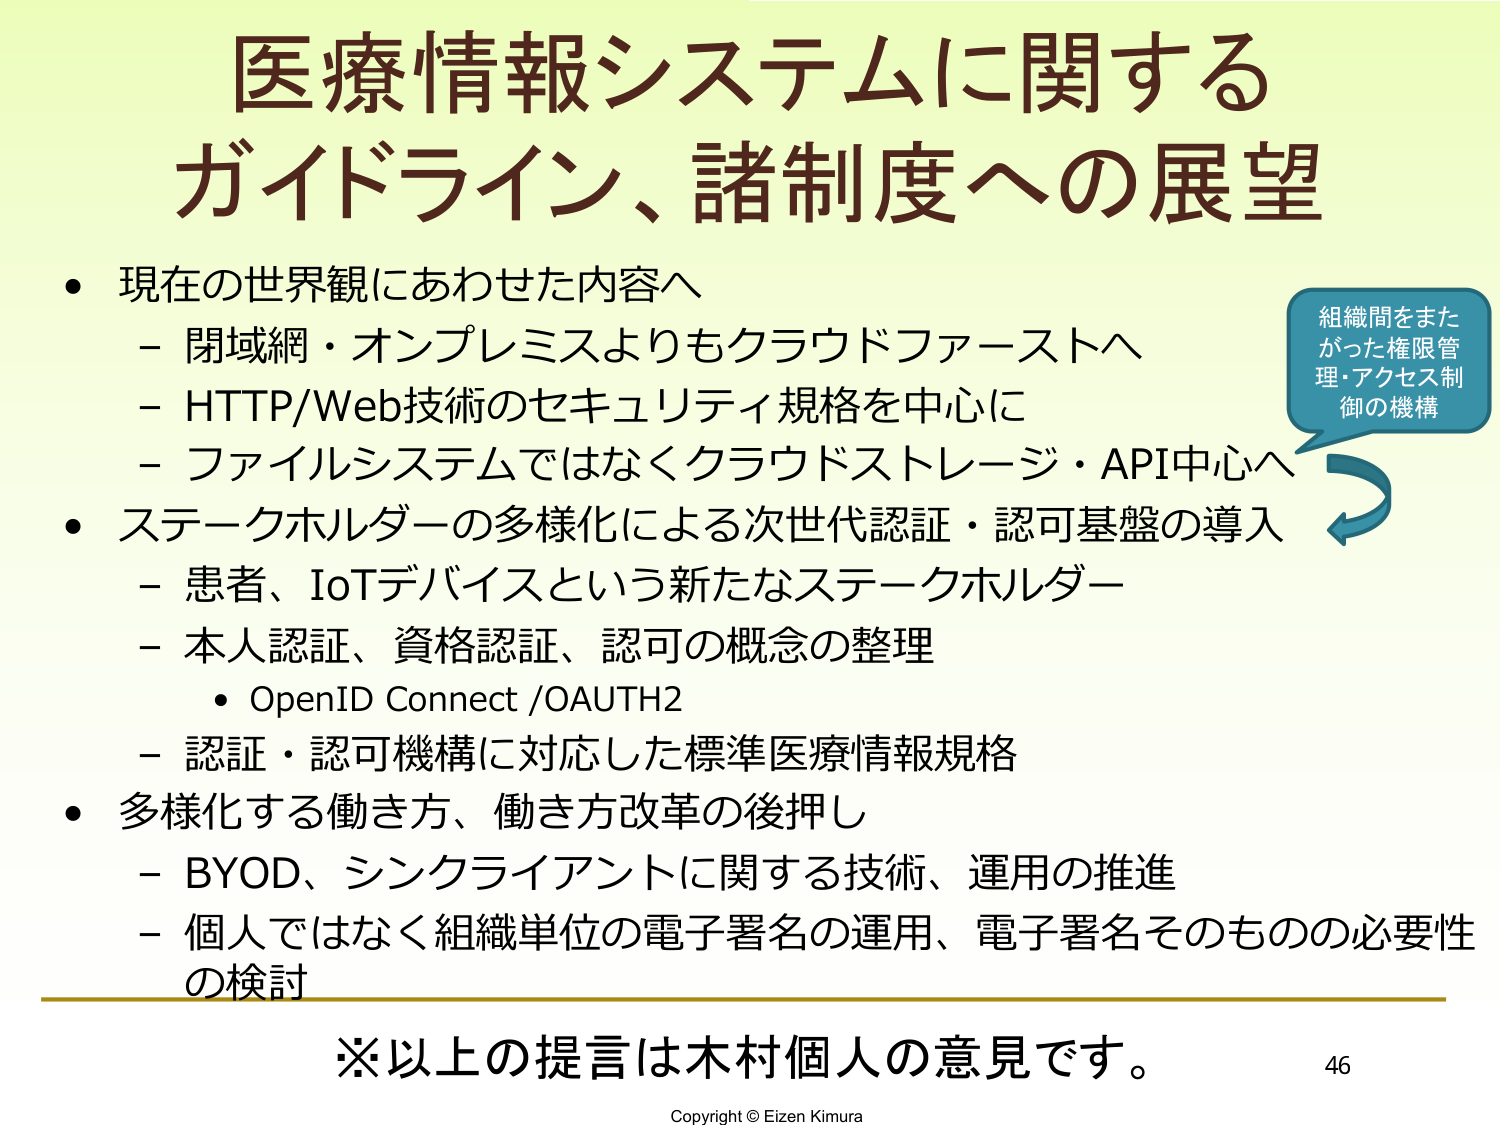
医療情報システムに関する
ガイドライン、諸制度への展望

・現在の世界観にあわせた内容へ
　－閉域網・オンプレミスよりもクラウドファーストへ
　－HTTP/Web技術のセキュリティ規格を中心に
　－ファイルシステムではなくクラウドストレージ・API中心へ

・ステークホルダーの多様化による次世代認証・認可基盤の導入
　－患者、IoTデバイスという新たなステークホルダー
　－本人認証、資格認証、認可の概念の整理
　　・OpenID Connect /OAUTH2
　－認証・認可機構に対応した標準医療情報規格

・多様化する働き方、働き方改革の後押し
　－BYOD、シンクライアントに関する技術、運用の推進
　－個人ではなく組織単位の電子署名の運用、電子署名そのものの必要性の検討

※以上の提言は木村個人の意見です。

組織間をまたがった権限管理・アクセス制御の機構

46
Copyright © Eizen Kimura